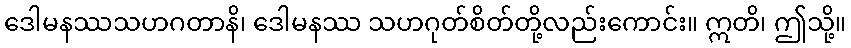
ဒေါမနဿသဟဂတာနိ၊ ဒေါမနဿ သဟဂုတ်စိတ်တို့လည်းကောင်း။ ဣတိ၊ ဤသို့။